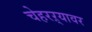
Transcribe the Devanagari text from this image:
चेहरऱ्यावर